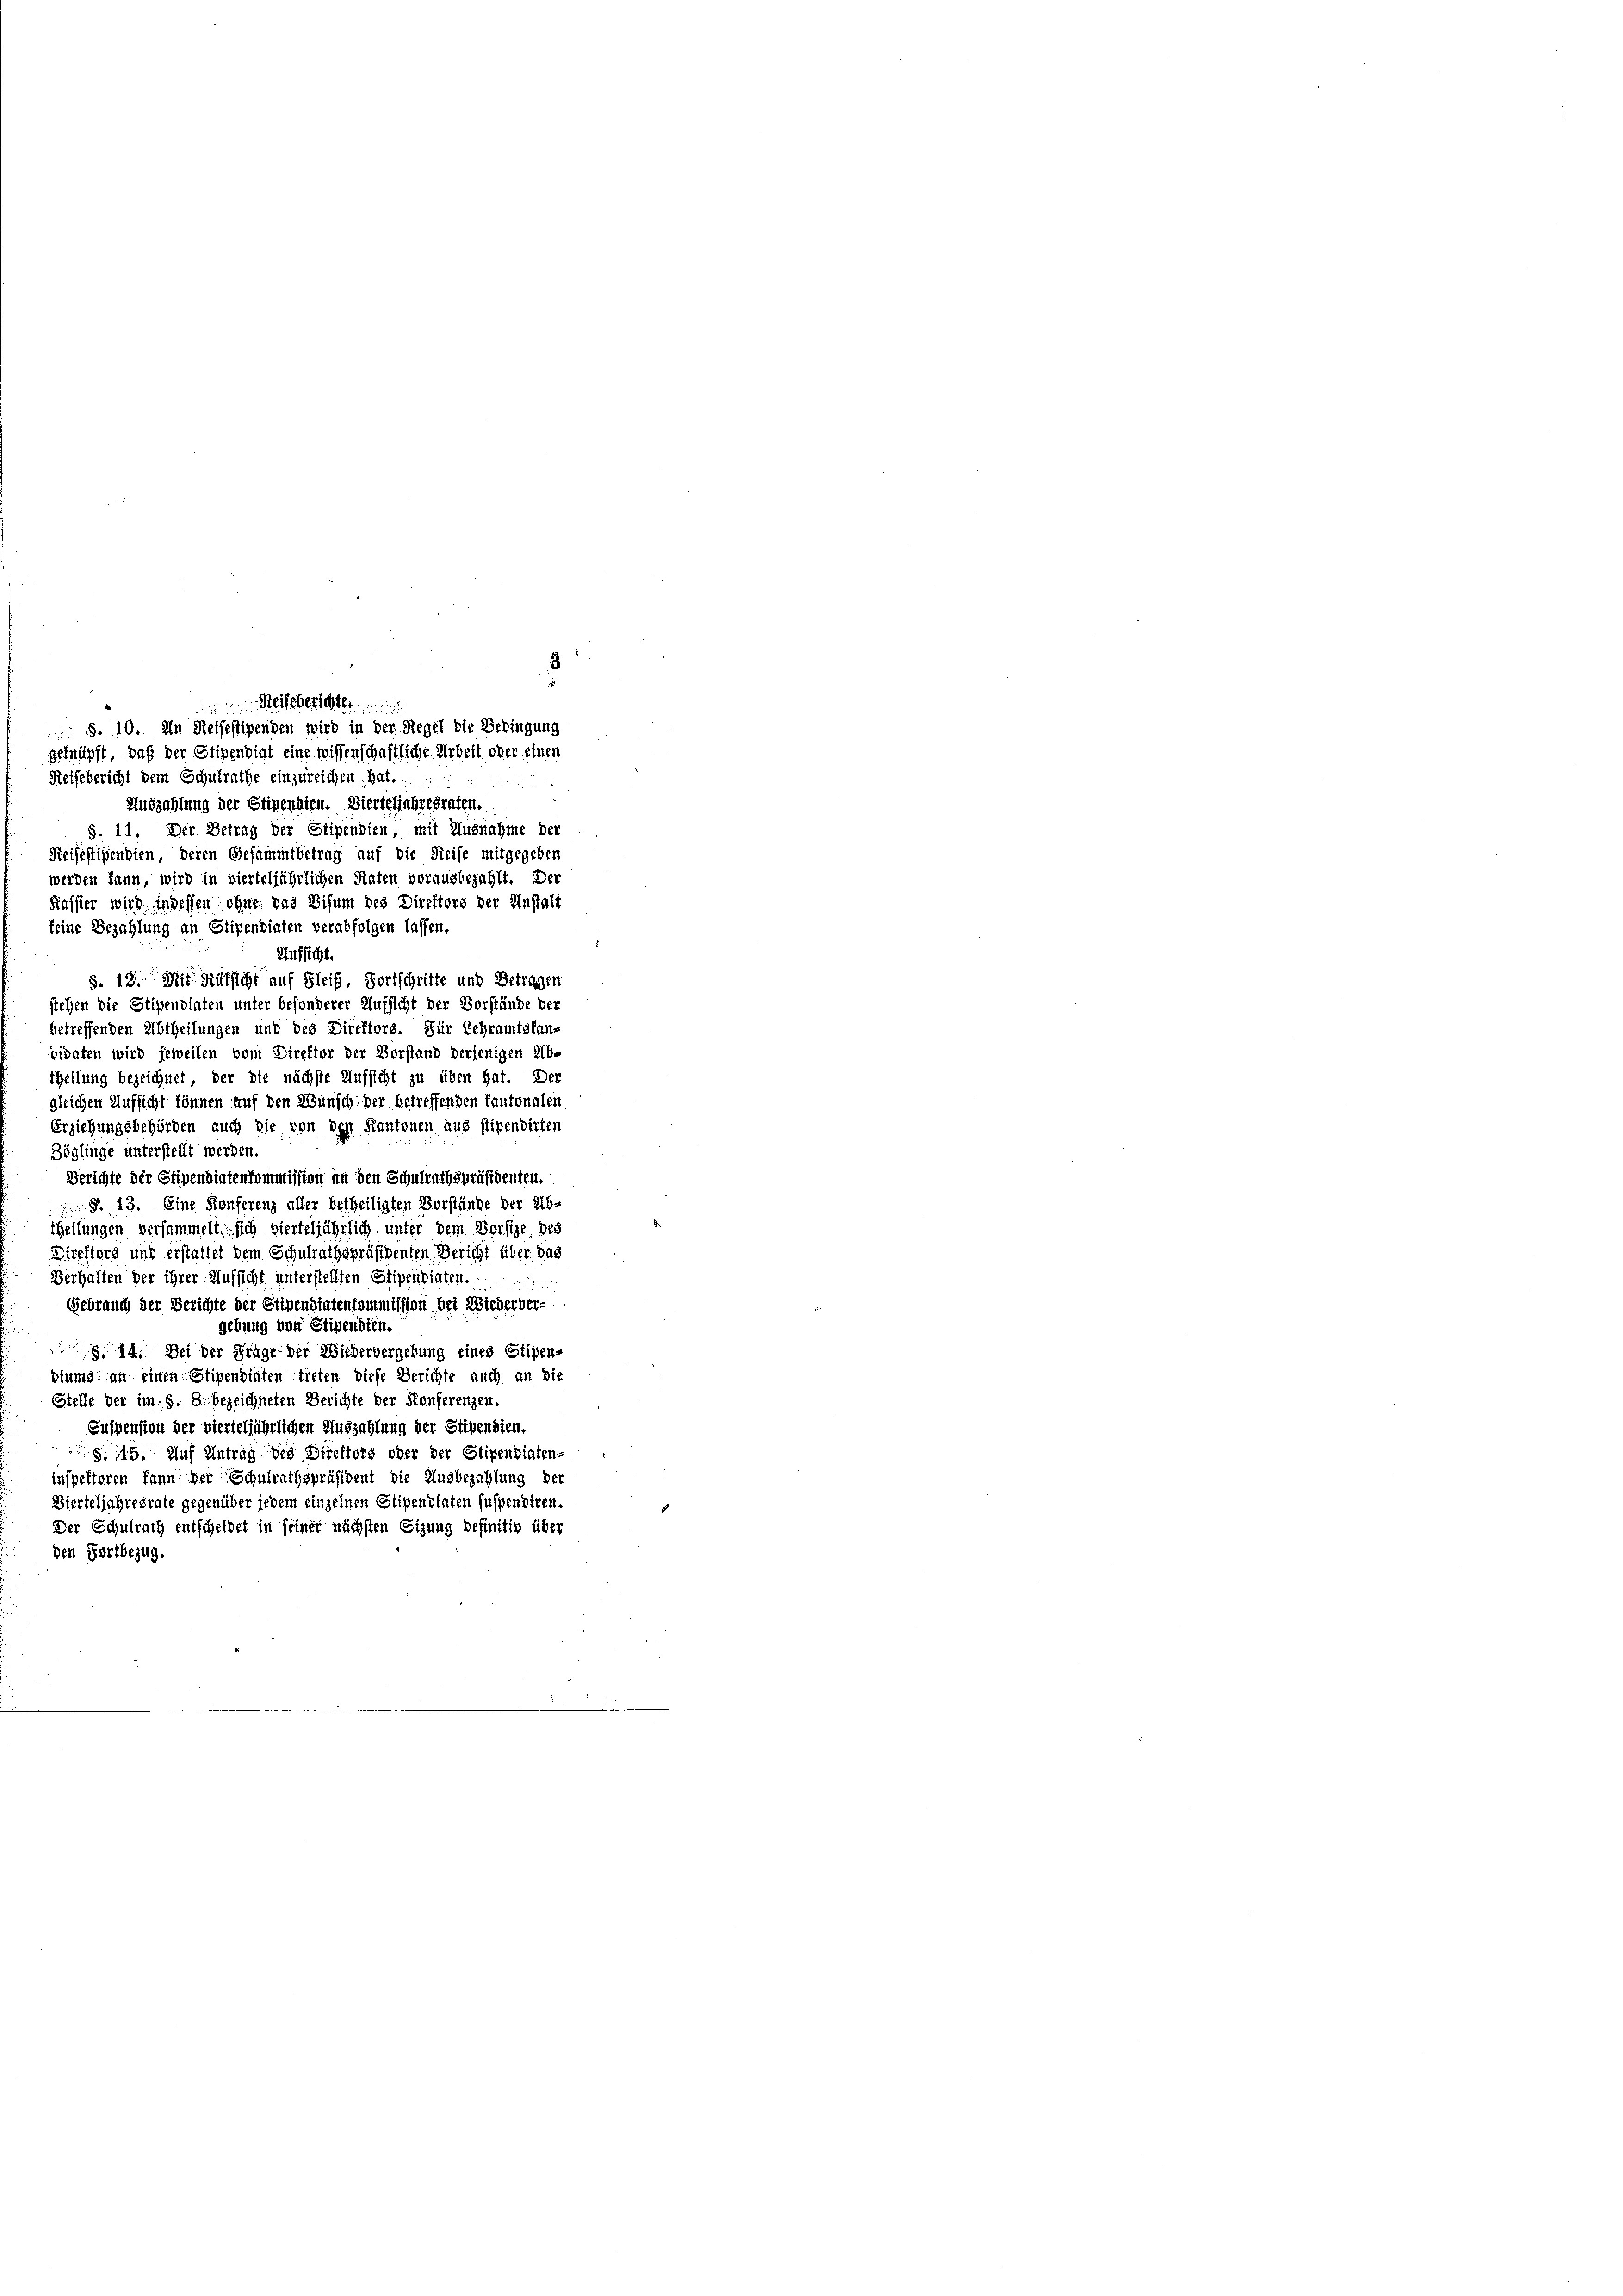
Reisegerichte
 §. 10. In Reifestipenden wird in der Regel die Bedingung
geknüpft, daß der Stipendigt eine wissenschaftliche Arbeit, oder einen
Reifebericht dem Schulrathe einzureichen. hat.

Auszahlung der Stipendien. Dierteljahresraten.
S. 11. Der Betrag der Stipendien, mit Ausnahme der
Reisestipendien, deren Gesammtbetrag auf die Reise mitgegeben
werden kann, wird in vierteljährlichen Staten vorausbezahlt. Der
Kasser wird indessen ohne das Bisum des Direktors der Anstalt
keine Bezahlung an Stipendiaten verabfolgen lassen.
Aufsicht.
S. 12. Mit Rüksicht auf Fleiß, Fortschritte und Betragen
stehen die Stipendiaten unter besonderer Aufsicht der Vorstände der
betreffenden Abtheilungen und des Direktors. Für Lehramtsfan-
vidaten wird jeweilen vom Direktor der Vorstand derjenigen Ab-
theilung bezeichnet, der die nächste Aufsicht zu üben hat. Der
gleichen Aufsicht können auf den Wunsch, der betreffenden Tantonalen
Erziehungsbehörden auch die von den Kantonen aus stipendirten
Zöglinge unterstellt werden.
Berichte der Stipendiatenkommission an den Schulrathspräsidenten.
§ 43. Eine Konferenz aller betheiligten Vorstände der Ab-
theilungen versammelt sich vierteljährlich, unter dem Dorfize des
Direktors und erstattet dem Schulrathspräsidenten Bericht über das
Verhalten der ihrer Aufsicht unterstellten Stipendiaten.
Gebrauch der Berichte der Stipendiatenkommission bei Wiederber-
gebung von Stipendien.
g. 14. Bei der Frage der Wiederbergebung eines Stipen-
biums an einen Stipendiaten treten diese Berichte auch an die
Stelle der im §. 8. bezeichneten Berichte der Konferenzen.
Suspension der vierteljährlichen Auszahlung der Stipendien,
§. 15. Auf Antrag des Direktors oder der Stipendiaten-
inspektoren kann der Schulrathspräsident die Ausbezahlung der
Dierteljahresrate gegenüber jedem einzelnen Stipendiaten suspendiren.
Der Schulrach entscheidet in seiner nächsten Sizung befinitiv über
den Fortbezug